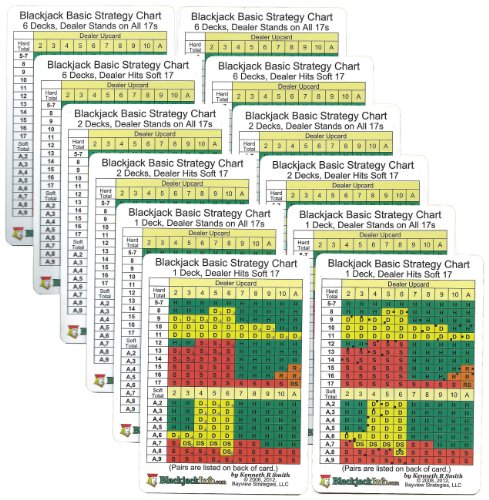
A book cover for Advanced Blackjack Strategy Cards, Set Of 12; Kenneth R Smith; Humor & Entertainment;